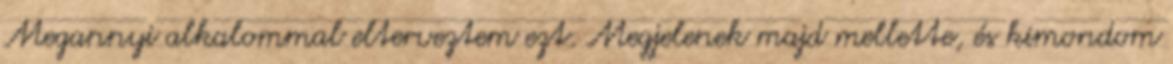
Megannyi alkalommal elterveztem ezt. Megjelenek majd mellette, és kimondom